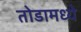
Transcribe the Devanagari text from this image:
तोडामध्ये